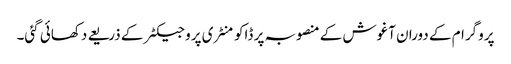
پروگرام کے دوران آغوش کے منصوبہ پر ڈاکومنٹری پروجیکٹر کے ذریعے دکھائی گئی۔